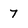
Character: 7